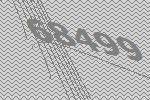
68499